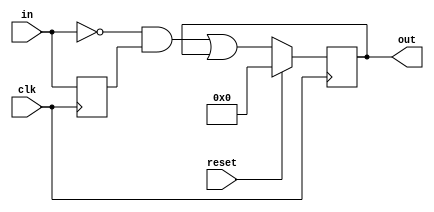
module top_module (
    input clk,
    input reset,
    input [31:0] in,
    output [31:0] out
);
    // 2 -> e
    // 0010 -> 1110
    // e -> 0
    // 1110 -> 0
    reg [31:0] in_reg;

    always@(posedge clk) begin
        in_reg <= in;
    end

    always@(posedge clk) begin
        if (reset)
            out <= 32'h0000;
        else begin
            out <= (~in & in_reg) | out;
        end
    end
endmodule